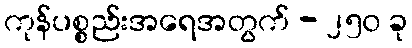
ကုန်ပစ္စည်းအရေအတွက် - ၂၅၀ ခု